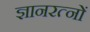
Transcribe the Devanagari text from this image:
ज्ञानरत्नों